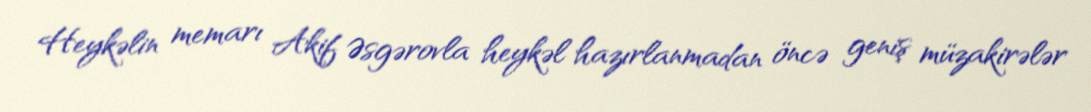
Heykəlin memarı Akif Əsgərovla heykəl hazırlanmadan öncə geniş müzakirələr